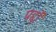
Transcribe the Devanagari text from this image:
पद्दों